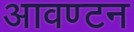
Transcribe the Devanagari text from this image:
आवण्टन